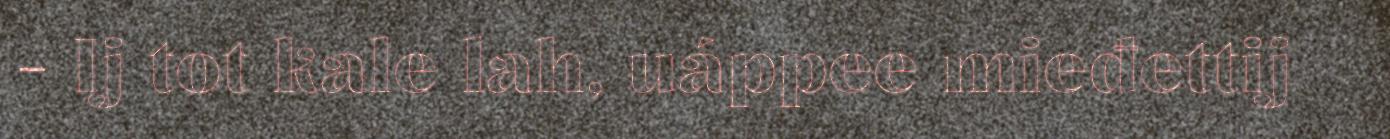
- Ij tot kale lah, uáppee mieđettij